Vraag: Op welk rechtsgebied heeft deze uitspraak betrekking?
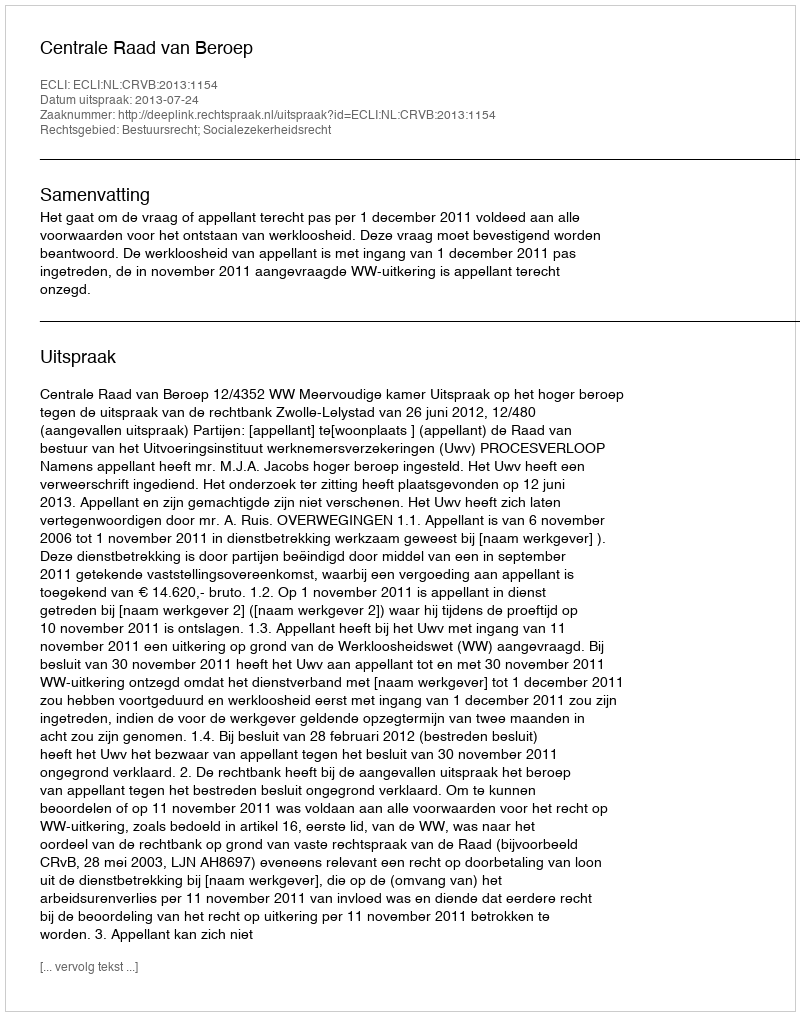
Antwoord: Bestuursrecht; Socialezekerheidsrecht